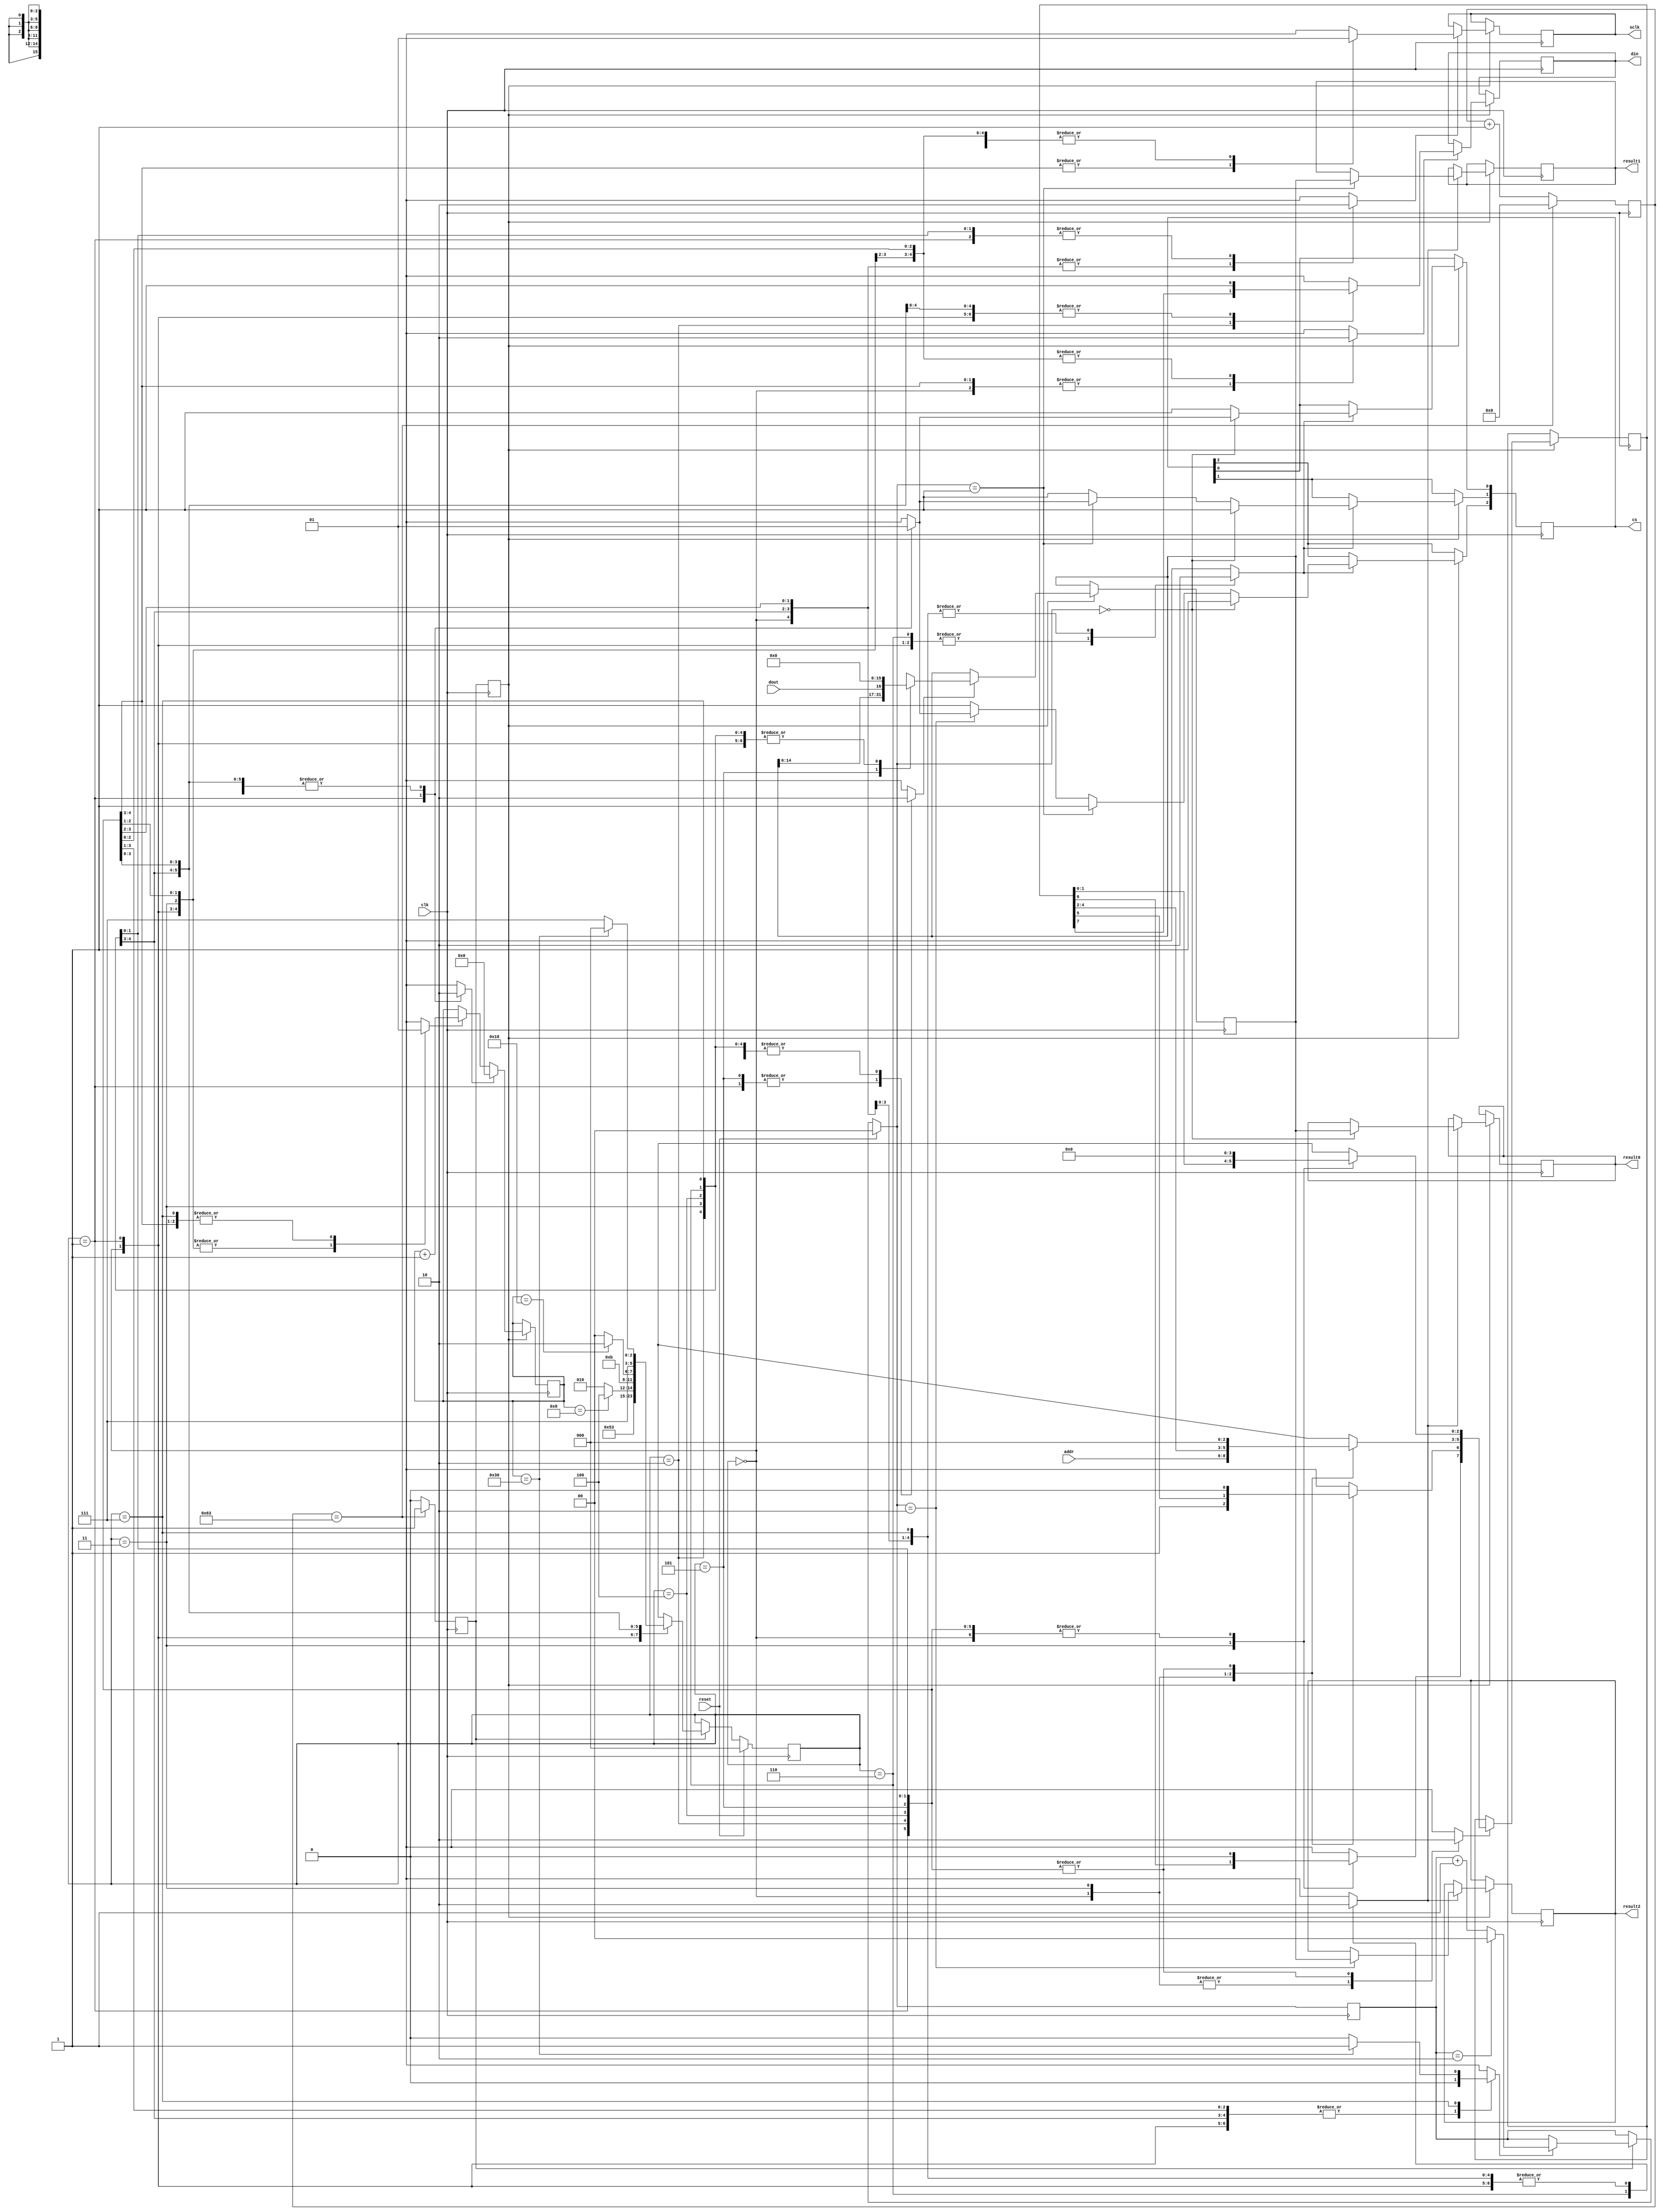
/*
 * read_adt7320.v
 * 
 * Read out temperature data from ADT7320 chip
 * 
 * begun 2020-09-11 by wja, em, sz, mj, mt
 */

`timescale 1ns / 1ps
`default_nettype none

module read_adt7320
  (
   input  wire        clk,      // 100 MHz system-wide master clock
   input  wire        reset,    // logic reset (may not be needed?)
   input  wire [2:0]  addr,     // address bits in ADT7320 command byte
   output reg  [15:0] result0,  // data read back from 7320
   output reg  [15:0] result1,  // data read back from 7320
   output reg  [15:0] result2,  // data read back from 7320
   output reg  [2:0]  cs,       // chip-select* wire to 7320
   output reg         sclk,     // serial clock to 7320
   output reg         din,      // serial data to 7320
   input  wire        dout      // serial data read back from 7320
   );
    // Set power-up values for 'reg' outputs
    initial begin
        result0 = 0;
        result1 = 0;
        result2 = 0;
        cs = 3'b111;
        sclk = 1;
        din = 1;
    end
    // Cause 'tick_1MHz' to go high for one clk cycle per microsecond
    reg tick_1MHz = 0;
    reg tick_1MHz_d1 = 0;  // delayed-one-clk version of tick_1MHz
    reg [6:0] count_to_1MHz = 0;
    always @ (posedge clk) begin
        if (count_to_1MHz == 99) begin
            count_to_1MHz <= 0;
            tick_1MHz <= 1;
        end else begin
            count_to_1MHz <= count_to_1MHz + 1;
            tick_1MHz <= 0;
        end
        tick_1MHz_d1 <= tick_1MHz;
    end
    // Cycle between three 7320 chips
    reg [1:0] whichchip = 0;
    // Finite State Machine to issue commands and collect responses
    localparam
      START=0,    SELECT=1, COMMAND=2,  CMD1=3,
      RESPONSE=4, RESP1=5,  DESELECT=6, PAUSE=7;
    reg [2:0] fsm = START;
    reg [2:0] fsm_d;  // combinational, not flipflop
    // These are the outputs of the FSM: some combinational, some flipflop
    // 8-bit command byte to send to the 7320
    reg [7:0] cmdbyte = 0;  // ff
    reg [7:0] cmdbyte_d;  // comb
    reg cmdbyte_ena;  // comb
    // Update 'whichchip' counter
    reg whichchip_inc;  // comb
    // CS, DIN, and SCLK serial inputs to the 7320
    reg cs_d, cs_ena;  // comb
    reg din_d, din_ena;  // comb
    reg sclk_d, sclk_ena;  // comb
    // Count ticks of the serial operation
    reg [7:0] count = 0;  // ff
    reg count_clr, count_inc;  // comb
    // Accumulate transient copy of response read back from 7320
    reg [15:0] resp = 0;  // ff
    reg [15:0] resp_d;  // comb
    reg resp_ena;  // comb
    // Copy transient 'resp' into output 'result'
    reg result_ena;  // comb
    // Synchronous update logic for FSM
    always @ (posedge clk) begin
        if (reset) begin
            fsm <= START;
            whichchip <= 0;
        end else if (tick_1MHz) begin
            fsm <= fsm_d;
            if (whichchip_inc) begin
                if (whichchip==2) begin
                    whichchip = 0;
                end else begin
                    whichchip <= whichchip + 1;
                end
            end
        end
        if (tick_1MHz_d1) begin
            if (cmdbyte_ena) begin
                cmdbyte <= cmdbyte_d;
            end
            if (cs_ena) begin
                if (whichchip==0) begin
                    cs[0] <= cs_d;
                    cs[2:1] <= 2'b11;
                end else if (whichchip==1) begin
                    cs[0] <= 1;
                    cs[1] <= cs_d;
                    cs[2] <= 1;
                end else if (whichchip==2) begin
                    cs[2] <= cs_d;
                    cs[1:0] <= 2'b11;
                end else begin
                    cs[2:0] <= 3'b111;
                end
            end
            if (din_ena) begin
                din <= din_d;
            end
            if (sclk_ena) begin
                sclk <= sclk_d;
            end
            if (count_clr) begin
                count <= 0;
            end else if (count_inc) begin
                count <= count + 1;
            end
            if (resp_ena) begin
                resp <= resp_d;
            end
            if (result_ena) begin
                if (whichchip==0) begin
                    result0 <= resp;
                end
                if (whichchip==1) begin
                    result1 <= resp;
                end
                if (whichchip==2) begin
                    result2 <= resp;
                end
            end
        end
    end
    always @ (*) begin
        fsm_d = START;
        cmdbyte_d = 0;
        cmdbyte_ena = 0;
        cs_d = 1;
        cs_ena = 0;
        din_d = 1;
        din_ena = 0;
        sclk_d = 1;
        sclk_ena = 0;
        count_clr = 0;
        count_inc = 0;
        resp_d = 0;
        resp_ena = 0;
        result_ena = 0;
        whichchip_inc = 0;
        case (fsm)
            START:
              begin
                  cmdbyte_d[7]   = 0;
                  cmdbyte_d[6]   = 1;     // read/write* (1=read)
                  cmdbyte_d[5:3] = addr;  // address which 7320 register
                  cmdbyte_d[2:0] = 0;
                  cmdbyte_ena = 1;
                  cs_d = 1;  // deassert 7320 chip-select*
                  cs_ena = 1;
                  din_d = 1;  // send a '1' to 7320 DIN when idle
                  din_ena = 1;
                  sclk_d = 1;  // send a '1' to 7320 SCLK when idle
                  sclk_ena = 1;
                  fsm_d = SELECT;
              end
            SELECT:
              begin
                  cs_d = 0;  // assert 7320 chip-select*
                  cs_ena = 1;
                  count_clr = 1;  // clear bit counter
                  resp_d = 0;  // initialize response to zero
                  resp_ena = 1;
                  fsm_d = COMMAND;
              end
            COMMAND:
              begin
                  count_inc = 1;
                  din_d = cmdbyte[7];
                  din_ena = 1;
                  sclk_d = 0;
                  sclk_ena = 1;
                  fsm_d = CMD1;
              end
            CMD1:
              begin
                  cmdbyte_d[7:0] = {cmdbyte[6:0], 1'b0};  // shift left
                  cmdbyte_ena = 1;
                  sclk_d = 1;
                  sclk_ena = 1;
                  if (count == 8) begin
                      fsm_d = RESPONSE;
                  end else begin
                      fsm_d = COMMAND;
                  end
              end
            RESPONSE:
              begin
                  count_inc = 1;
                  sclk_d = 0;
                  sclk_ena = 1;
                  din_d = 1;
                  din_ena = 1;
                  fsm_d = RESP1;
              end
            RESP1:
              begin
                  sclk_d = 1;
                  sclk_ena = 1;
                  resp_d = {resp[14:0], dout};  // shift left
                  resp_ena = 1;
                  if (count == 24) begin
                      fsm_d = DESELECT;
                  end else begin
                      fsm_d = RESPONSE;
                  end
              end
            DESELECT:
              begin
                  cs_d = 1;  // deassert 7320 chip-select*
                  cs_ena = 1;
                  result_ena = 1;
                  fsm_d = PAUSE;
              end
            PAUSE:
              begin
                  count_inc = 1;
                  if (count == 48) begin
                      whichchip_inc = 1;
                      fsm_d = START;
                  end else begin
                      fsm_d = PAUSE;
                  end
              end
            default:
              begin
                  $strobe("INVALID STATE: fsm=%d", fsm);
                  fsm_d = START;
              end
        endcase
    end
endmodule  // read_adt7320

`default_nettype wire